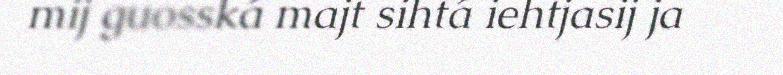
mij guosská majt sihtá iehtjasij ja